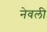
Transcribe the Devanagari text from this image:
नेवली